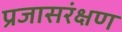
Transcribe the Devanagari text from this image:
प्रजासरंक्षण